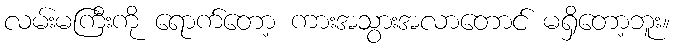
လမ်းမကြီးကို ရောက်တော့ ကားအသွားအလာတောင် မရှိတော့ဘူး။